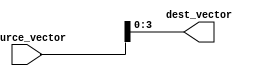
module part_select_assignment (
    input wire [15:0] source_vector,  // 16-bit source vector
    output wire [3:0] dest_vector      // 4-bit destination vector
);

    // Assign a 4-bit portion (bits 3 to 0) of the source_vector to dest_vector
    assign dest_vector = source_vector[3:0];  // Selecting the lower 4 bits

endmodule